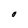
Character: O